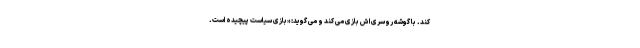
کند. با گوشه روسری اش بازی می کند و می گوید: «بازی سیاست پیچیده است.